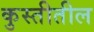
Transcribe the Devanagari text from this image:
कुस्तीतील